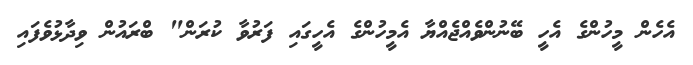
އެހެން މީހުންގެ އެހީ ބޭނުންވެއްޖެއްޔާ އެމީހުންގެ އެހީގައި ފަރުވާ ކުރަން" ބްރައުން ވިދާޅުވެފައި